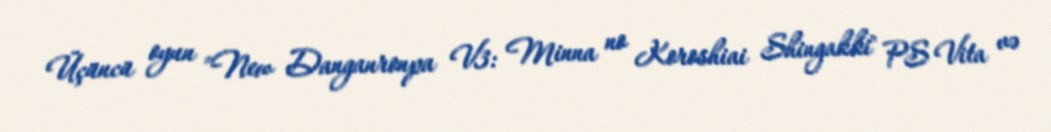
Üçüncü oyun "New Danganronpa V3: Minna no Koroshiai Shingakki" PS Vita və